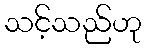
သင့်သည်ဟု